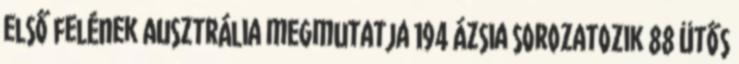
első felének Ausztrália megmutatja 194 Ázsia sorozatozik 88 ütős